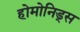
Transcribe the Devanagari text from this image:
होमोनिड्स